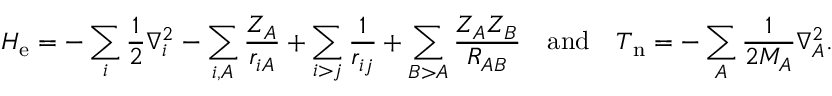
H _ { \mathrm { e } } = - \sum _ { i } { { \frac { 1 } { 2 } } \nabla _ { i } ^ { 2 } } - \sum _ { i , A } { \frac { Z _ { A } } { r _ { i A } } } + \sum _ { i > j } { \frac { 1 } { r _ { i j } } } + \sum _ { B > A } { \frac { Z _ { A } Z _ { B } } { R _ { A B } } } \quad { \mathrm { a n d } } \quad T _ { \mathrm { n } } = - \sum _ { A } { { \frac { 1 } { 2 M _ { A } } } \nabla _ { A } ^ { 2 } } .